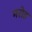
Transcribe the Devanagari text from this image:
मरोड